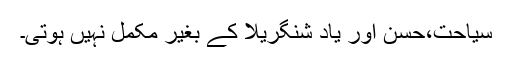
سیاحت،حسن اور یاد شنگریلا کے بغیر مکمل نہیں ہوتی۔